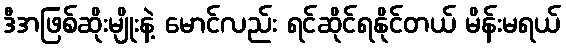
ဒီအဖြစ်ဆိုးမျိုးနဲ့ မောင်လည်း ရင်ဆိုင်ရနိုင်တယ် မိန်းမရယ်